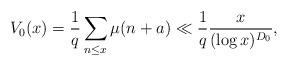
LaTeX: \begin{align*} V_0(x)=\frac{1}{q}\sum_{n \leq x} \mu(n+a) \ll\frac{1}{q}\frac{x}{(\log x)^{D_0}},\end{align*}